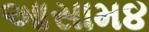
આસામ૪